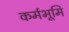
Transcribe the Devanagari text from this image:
कर्मभूमि